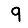
Digit: 9